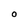
Character: O